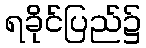
ရခိုင်ပြည်၌